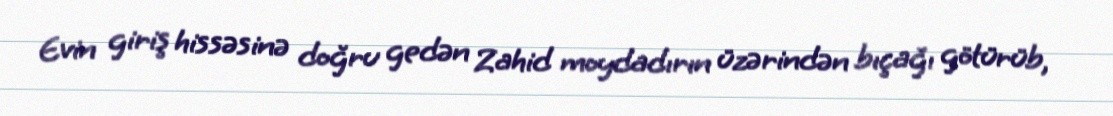
Evin giriş hissəsinə doğru gedən Zahid moydadırın üzərindən bıçağı götürüb,